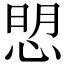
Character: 𢜏